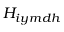
{ H } _ { i y m d h }